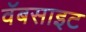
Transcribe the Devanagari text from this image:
वॅबसाइट